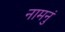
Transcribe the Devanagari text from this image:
नामनुं